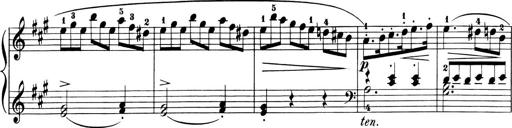
Title: 6 Piano Sonatinas
Composer: Cornelius Gurlitt